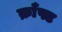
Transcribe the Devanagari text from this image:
क्राँफ्ट